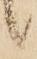
候